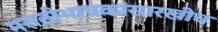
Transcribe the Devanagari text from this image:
मराठीभाषकांसारखीच